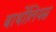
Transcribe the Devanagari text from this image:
बार्थोलियस